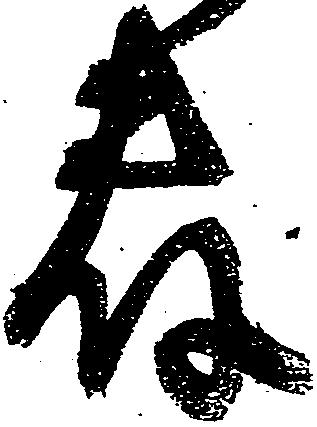
藤